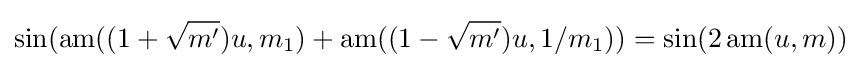
\sin(\operatorname {am} ((1+{\sqrt {m'}})u,m_{1})+\operatorname {am} ((1-{\sqrt {m'}})u,1/m_{1}))=\sin(2\operatorname {am} (u,m))